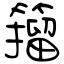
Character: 籀